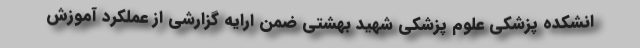
انشکده پزشکی علوم پزشکی شهید بهشتی ضمن ارایه گزارشی از عملکرد آموزش